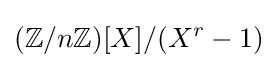
(\mathbb {Z} /n\mathbb {Z} )[X]/(X^{r}-1)